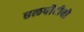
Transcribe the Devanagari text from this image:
एलपीटीवी